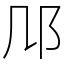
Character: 䢳